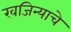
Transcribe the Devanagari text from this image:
खजिन्याचे